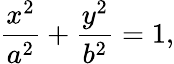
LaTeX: {\frac{x^{2}}{a^{2}}}+{\frac{y^{2}}{b^{2}}}=1,